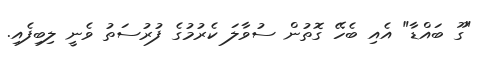
"ގޫ ބައްޑާ" އެއި ބެހޭ ގޮތުން ސުވާލަ ކެރުމުގެ ފުރުސަތު ވެނީ ލިބިފެއި.